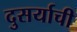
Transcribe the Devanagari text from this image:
दुसर्याची